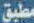
مطبق